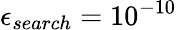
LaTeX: \epsilon_{search}=10^{-10}